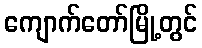
ကျောက်တော်မြို့တွင်